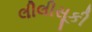
લીલીસૂકી